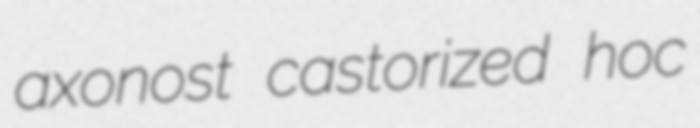
axonost castorized hoc